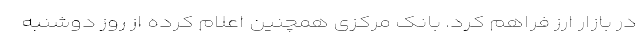
در بازار ارز فراهم کرد. بانک مرکزی همچنین اعلام کرده از روز دوشنبه